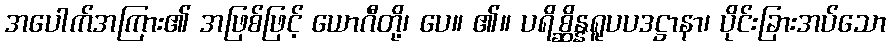
အပေါက်အကြား၏ အဖြစ်ဖြင့် ယောဂီတို့၊ ပေ။ ၏။ ပရိစ္ဆိန္နရူပပဒဋ္ဌာနာ၊ ပိုင်းခြားအပ်သော